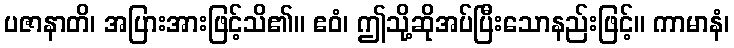
ပဇာနာတိ၊ အပြားအားဖြင့်သိ၏။ ဧဝံ၊ ဤသို့ဆိုအပ်ပြီးသောနည်းဖြင့်။ ကာမာနံ၊